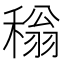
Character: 𬓵